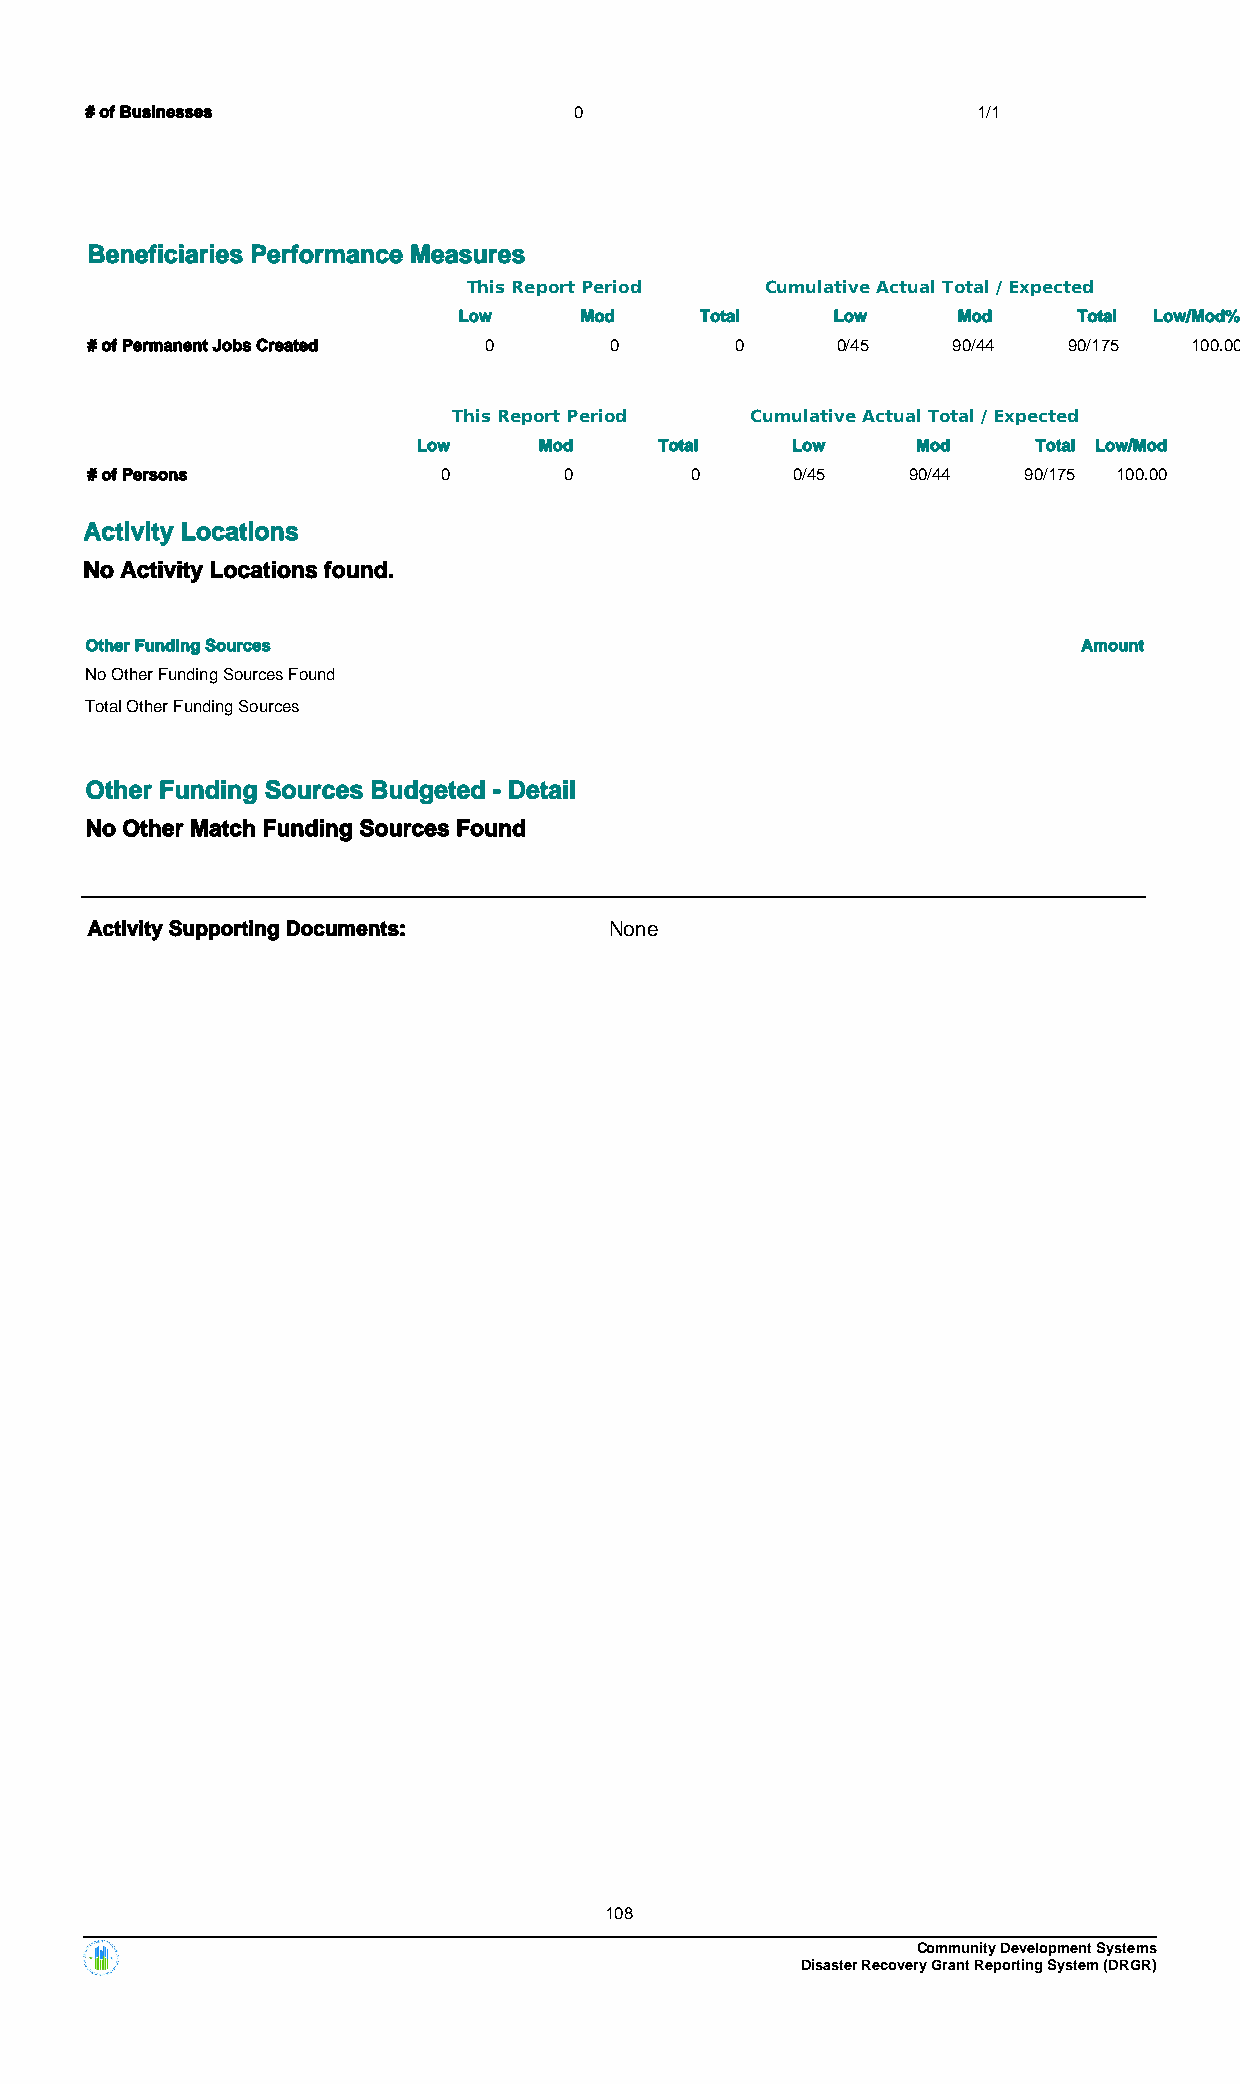
# of Businesses                 0                          1/1
 Beneficiaries Performance Measures
 This Report Period  Cumulative Actual Total / Expected
 Low     Mod     Total    Low     Mod     Total Low/Mod%
 # of Permanent Jobs Created 0     0        0     0/45    90/44   90/175  100.00
 This Report Period  Cumulative Actual Total / Expected
 Low     Mod     Total   Low      Mod     Total Low/Mod
 # of Persons           0       0        0     0/45    90/44   90/175 100.00
 Activity Locations
 No Activity Locations found.
 Other Funding Sources                                             Amount
 No Other Funding Sources Found
 Total Other Funding Sources
 Other Funding Sources Budgeted - Detail
 No Other Match Funding Sources Found
 Activity Supporting Documents:    None
 108
 Community Development Systems
 Disaster Recovery Grant Reporting System (DRGR)